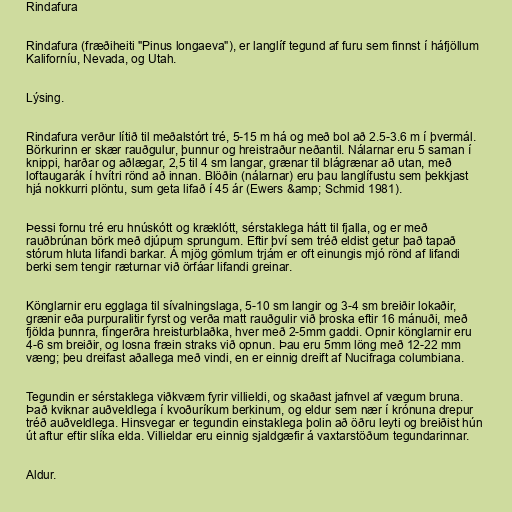
Rindafura

Rindafura (fræðiheiti "Pinus longaeva"), er langlíf tegund af furu sem finnst í háfjöllum
Kaliforníu, Nevada, og Utah.

Lýsing.

Rindafura verður lítið til meðalstórt tré, 5-15 m há og með bol að 2.5-3.6 m í þvermál.
Börkurinn er skær rauðgulur, þunnur og hreistraður neðantil. Nálarnar eru 5 saman í
knippi, harðar og aðlægar, 2,5 til 4 sm langar, grænar til blágrænar að utan, með
loftaugarák í hvítri rönd að innan. Blöðin (nálarnar) eru þau langlífustu sem þekkjast
hjá nokkurri plöntu, sum geta lifað í 45 ár (Ewers &amp; Schmid 1981).

Þessi fornu tré eru hnúskótt og kræklótt, sérstaklega hátt til fjalla, og er með
rauðbrúnan börk með djúpum sprungum. Eftir því sem tréð eldist getur það tapað
stórum hluta lifandi barkar. Á mjög gömlum trjám er oft einungis mjó rönd af lifandi
berki sem tengir ræturnar við örfáar lifandi greinar.

Könglarnir eru egglaga til sívalningslaga, 5-10 sm langir og 3-4 sm breiðir lokaðir,
grænir eða purpuralitir fyrst og verða matt rauðgulir við þroska eftir 16 mánuði, með
fjölda þunnra, fíngerðra hreisturblaðka, hver með 2-5mm gaddi. Opnir könglarnir eru
4-6 sm breiðir, og losna fræin straks við opnun. Þau eru 5mm löng með 12-22 mm
væng; þeu dreifast aðallega með vindi, en er einnig dreift af Nucifraga columbiana.

Tegundin er sérstaklega viðkvæm fyrir villieldi, og skaðast jafnvel af vægum bruna.
Það kviknar auðveldlega í kvoðuríkum berkinum, og eldur sem nær í krónuna drepur
tréð auðveldlega. Hinsvegar er tegundin einstaklega þolin að öðru leyti og breiðist hún
út aftur eftir slíka elda. Villieldar eru einnig sjaldgæfir á vaxtarstöðum tegundarinnar.

Aldur.